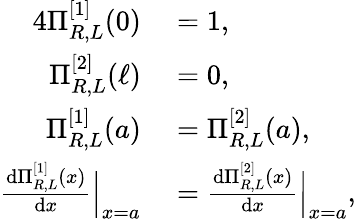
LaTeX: \begin{array}{rl}{{4}\Pi_{R,L}^{[1]}(0)}&{{}=1,}\\ {\Pi_{R,L}^{[2]}(\ell)}&{{}=0,}\\ {\Pi_{R,L}^{[1]}(a)}&{{}=\Pi_{R,L}^{[2]}(a),}\\ {\frac{\mathrm{d}\Pi_{R,L}^{[1]}(x)}{\mathrm{d}x}\Big|_{x=a}}&{{}=\frac{\mathrm{d}\Pi_{R,L}^{[2]}(x)}{\mathrm{d}x}\Big|_{x=a},}\end{array}